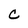
Character: c